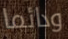
ودائما